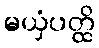
မယှံပတ္ထိ